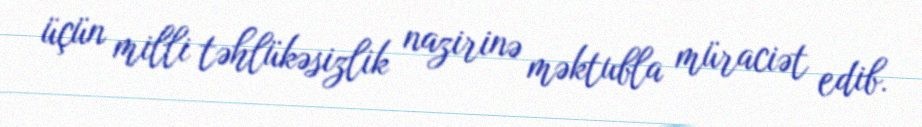
üçün milli təhlükəsizlik nazirinə məktubla müraciət edib.